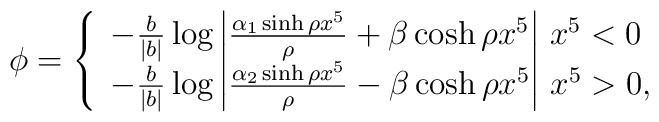
\phi = \left\{\begin{array}{l}-\frac{b}{|b|}\log\left| \frac{\alpha_1\sinh \rho x^5}{\rho}+\beta\cosh\rho x^5\right|\, x^5 < 0\\-\frac{b}{|b|}\log\left| \frac{\alpha_2\sinh \rho x^5}{\rho}-\beta\cosh\rho x^5\right|\, x^5 > 0, \end{array}\right.